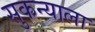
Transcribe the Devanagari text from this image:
सुकन्याला